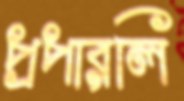
প্রপারলি